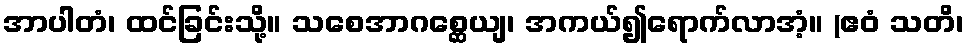
အာပါတံ၊ ထင်ခြင်းသို့။ သစေအာဂစ္ဆေယျ၊ အကယ်၍ရောက်လာအံ့။ (ဧဝံ သတိ၊